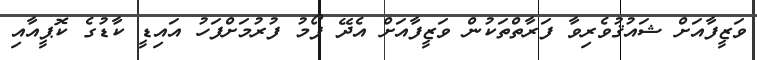
ވަޒީފާއަށް ޝައުޤުވެރިވާ ފަރާތްތަކުން ވަޒީފާއަށް އެދޭ ފޯމު ފުރުމަށްފަހު އައިޑީ ކާޑުގެ ކޮޕީއާއި